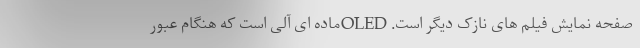
صفحه نمایش فیلم های نازک دیگر است. OLEDماده ای آلی است که هنگام عبور